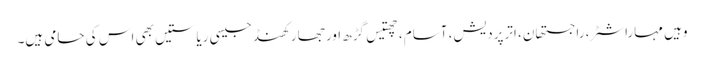
وہیں مہاراشٹر، راجستھان، اترپردیش، آسام، چھتیس گڑھ اور جھارکھنڈ جیسی ریاستیں بھی اس کی حامی ہیں۔